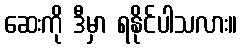
ဆေးကို ဒီမှာ ရနိုင်ပါသလား။